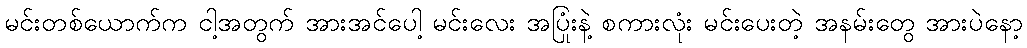
မင်းတစ်ယောက်က ငါ့အတွက် အားအင်ပေါ့ မင်းလေး အပြုံးနဲ့ စကားလုံး မင်းပေးတဲ့ အနမ်းတွေ အားပဲနော့